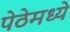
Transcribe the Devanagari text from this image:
पेठेमध्ये